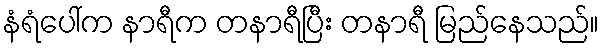
နံရံပေါ်က နာရီက တနာရီပြီး တနာရီ မြည်နေသည်။